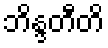
ဘိန္ဒတီတိ